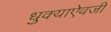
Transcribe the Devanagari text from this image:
धुक्याऐवजी